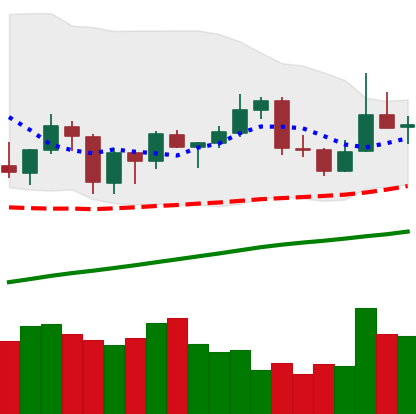
Ticker: XLM-USD
Chart end date: 2019-06-24
Forward return: -10.368%
Label: down_7plus